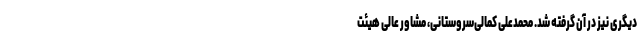
دیگری نیز در آن گرفته شد. محمدعلی کمالی‌سروستانی، مشاور عالی هیئت